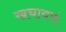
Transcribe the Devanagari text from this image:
खचायचं